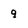
Character: q